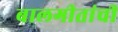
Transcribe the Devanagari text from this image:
बालगीतांची